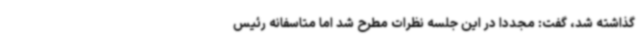
گذاشته شد، گفت: مجددا در این جلسه نظرات مطرح شد اما متاسفانه رئیس